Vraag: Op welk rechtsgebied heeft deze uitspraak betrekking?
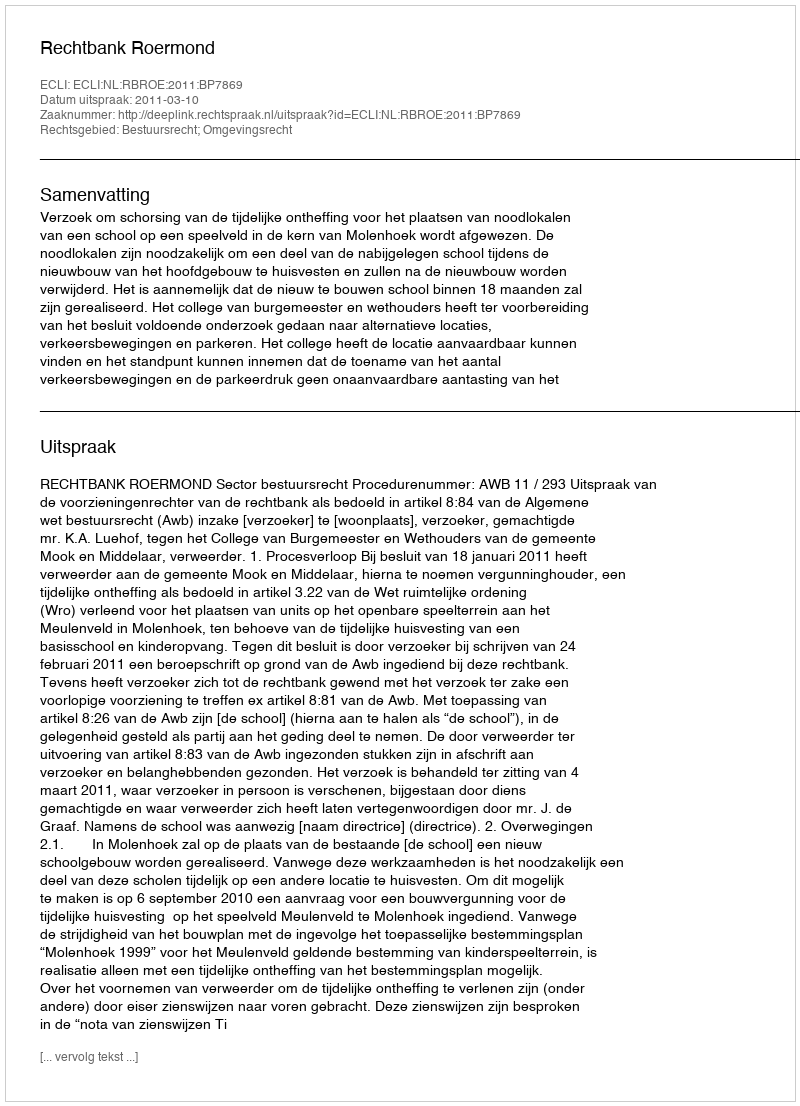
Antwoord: Bestuursrecht; Omgevingsrecht